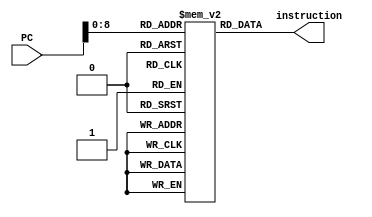
module mips_instructions (instruction,PC);

	output [31:0] instruction;
	input [31:0] PC;

	reg [31:0] instructions [256:0];
	
	buf b1(instruction[0],instructions[PC][0]);
	buf b2(instruction[1],instructions[PC][1]);
	buf b3(instruction[2],instructions[PC][2]);
	buf b4(instruction[3],instructions[PC][3]);
	buf b5(instruction[4],instructions[PC][4]);
	buf b6(instruction[5],instructions[PC][5]);
	buf b7(instruction[6],instructions[PC][6]);
	buf b8(instruction[7],instructions[PC][7]);
	buf b9(instruction[8],instructions[PC][8]);
	buf b10(instruction[9],instructions[PC][9]);
	buf b11(instruction[10],instructions[PC][10]);
	buf b12(instruction[11],instructions[PC][11]);
	buf b13(instruction[12],instructions[PC][12]);
	buf b14(instruction[13],instructions[PC][13]);
	buf b15(instruction[14],instructions[PC][14]);
	buf b16(instruction[15],instructions[PC][15]);
	buf b17(instruction[16],instructions[PC][16]);
	buf b18(instruction[17],instructions[PC][17]);
	buf b19(instruction[18],instructions[PC][18]);
	buf b20(instruction[19],instructions[PC][19]);
	buf b21(instruction[20],instructions[PC][20]);
	buf b22(instruction[21],instructions[PC][21]);
	buf b23(instruction[22],instructions[PC][22]);
	buf b24(instruction[23],instructions[PC][23]);
	buf b25(instruction[24],instructions[PC][24]);
	buf b26(instruction[25],instructions[PC][25]);
	buf b27(instruction[26],instructions[PC][26]);
	buf b28(instruction[27],instructions[PC][27]);
	buf b29(instruction[28],instructions[PC][28]);
	buf b30(instruction[29],instructions[PC][29]);
	buf b31(instruction[30],instructions[PC][30]);
	buf b32(instruction[31],instructions[PC][31]);

endmodule